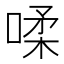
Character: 㖻